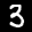
Label: 3